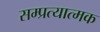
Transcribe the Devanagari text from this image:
सम्प्रत्यात्मक